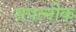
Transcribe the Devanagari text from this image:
सपत्‍नीक